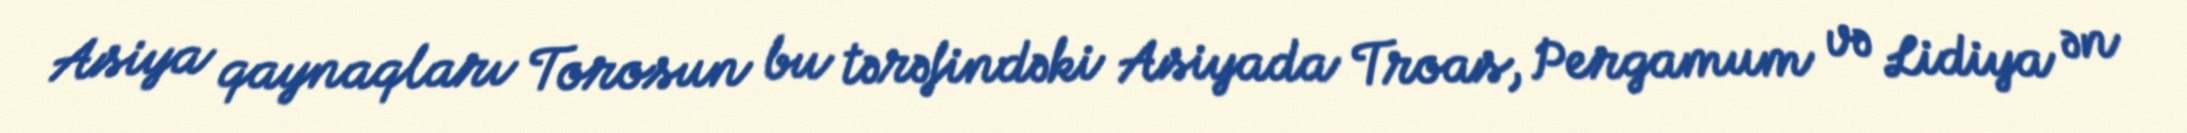
Asiya qaynaqları Torosun bu tərəfindəki Asiyada Troas, Pergamum və Lidiya ən